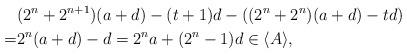
LaTeX: \begin{align*}&(2^n+2^{n+1})(a+d)-(t+1)d-((2^n+2^n)(a+d)-td)\\=&2^n(a+d)-d=2^na+(2^n-1)d\in \langle A\rangle,\end{align*}